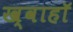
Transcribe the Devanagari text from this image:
ख्वाहाॅ